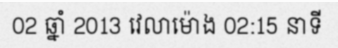
02 ឆ្នាំ 2013 វេលាម៉ោង 02:15 នាទី